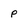
Character: p